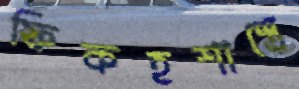
ফিকহশাস্ত্রে